Regulations for the medical services of the Army of India
Year: 1930
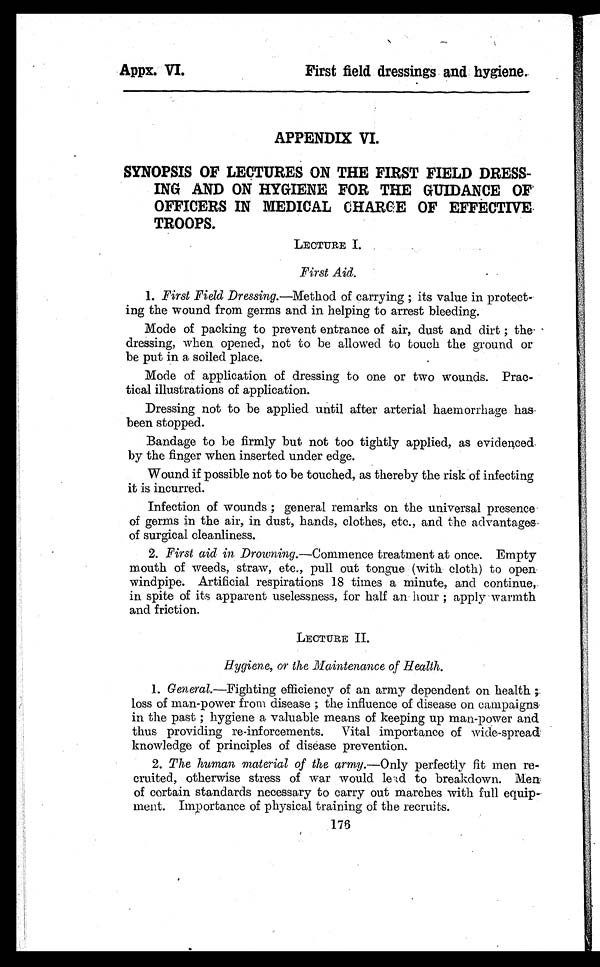
Appx. VI.
First field dressings and hygiene.
APPENDIX VI.
SYNOPSIS OF LECTURES ON THE FIRST FIELD DRESS-
ING AND ON HYGIENE FOR THE GUIDANCE OF
OFFICERS IN MEDICAL CHARGE OF EFFECTIVE
TROOPS.
LECTURE I.
First Aid.
1. First Field Dressing.—Method of carrying ; its value in protect-
ing the wound from germs and in helping to arrest bleeding.
Mode of packing to prevent entrance of air, dust and dirt ; the
dressing, when opened, not to be allowed to touch the ground or
be put in a soiled place.
Mode of application of dressing to one or two wounds. Prac-
tical illustrations of application.
Dressing not to be applied until after arterial haemorrhage ha
s been stopped.
Bandage to be firmly but not too tightly applied, as evidenced.
by the finger when inserted under edge.
Wound if possible not to be touched, as thereby the risk of infecting
it is incurred.
Infection of wounds ; general remarks on the universal presence
of germs in the air, in dust, hands, clothes, etc., and the advantages
of surgical cleanliness.
2. First aid in. Drowning.—Commence treatment at once. Empty
mouth of weeds, straw, etc., pull out tongue (with cloth) to open
windpipe. Artificial respirations 18 times a minute, and continue,
in spite of its apparent uselessness, for half an hour ; apply warmth
and friction.
LECTURE II.
Hygiene, or the Maintenance of Health.
1. General.—Fighting efficiency of an army dependent on health
loss of man-power from disease ; the influence of disease on campaigns
in the past ; hygiene a valuable means of keeping up man-power and
thus providing re-inforcements. Vital importance of wide-spread
knowledge of principles of disease prevention.
2. The human material of the army .—Only perfectly fit men re-
cruited, otherwise stress of war would lead to breakdown. Men
of certain standards necessary to carry out marches with full equip-
ment. Importance of physical training of the recruits.
176